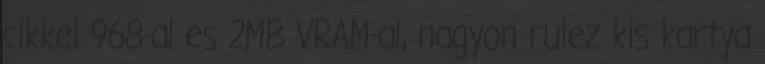
cikkei 968-al es 2MB VRAM-al, nagyon rulez kis kartya